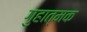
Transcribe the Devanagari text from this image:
गुहात्मक